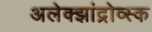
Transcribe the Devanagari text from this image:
अलेक्झांद्रोव्स्क